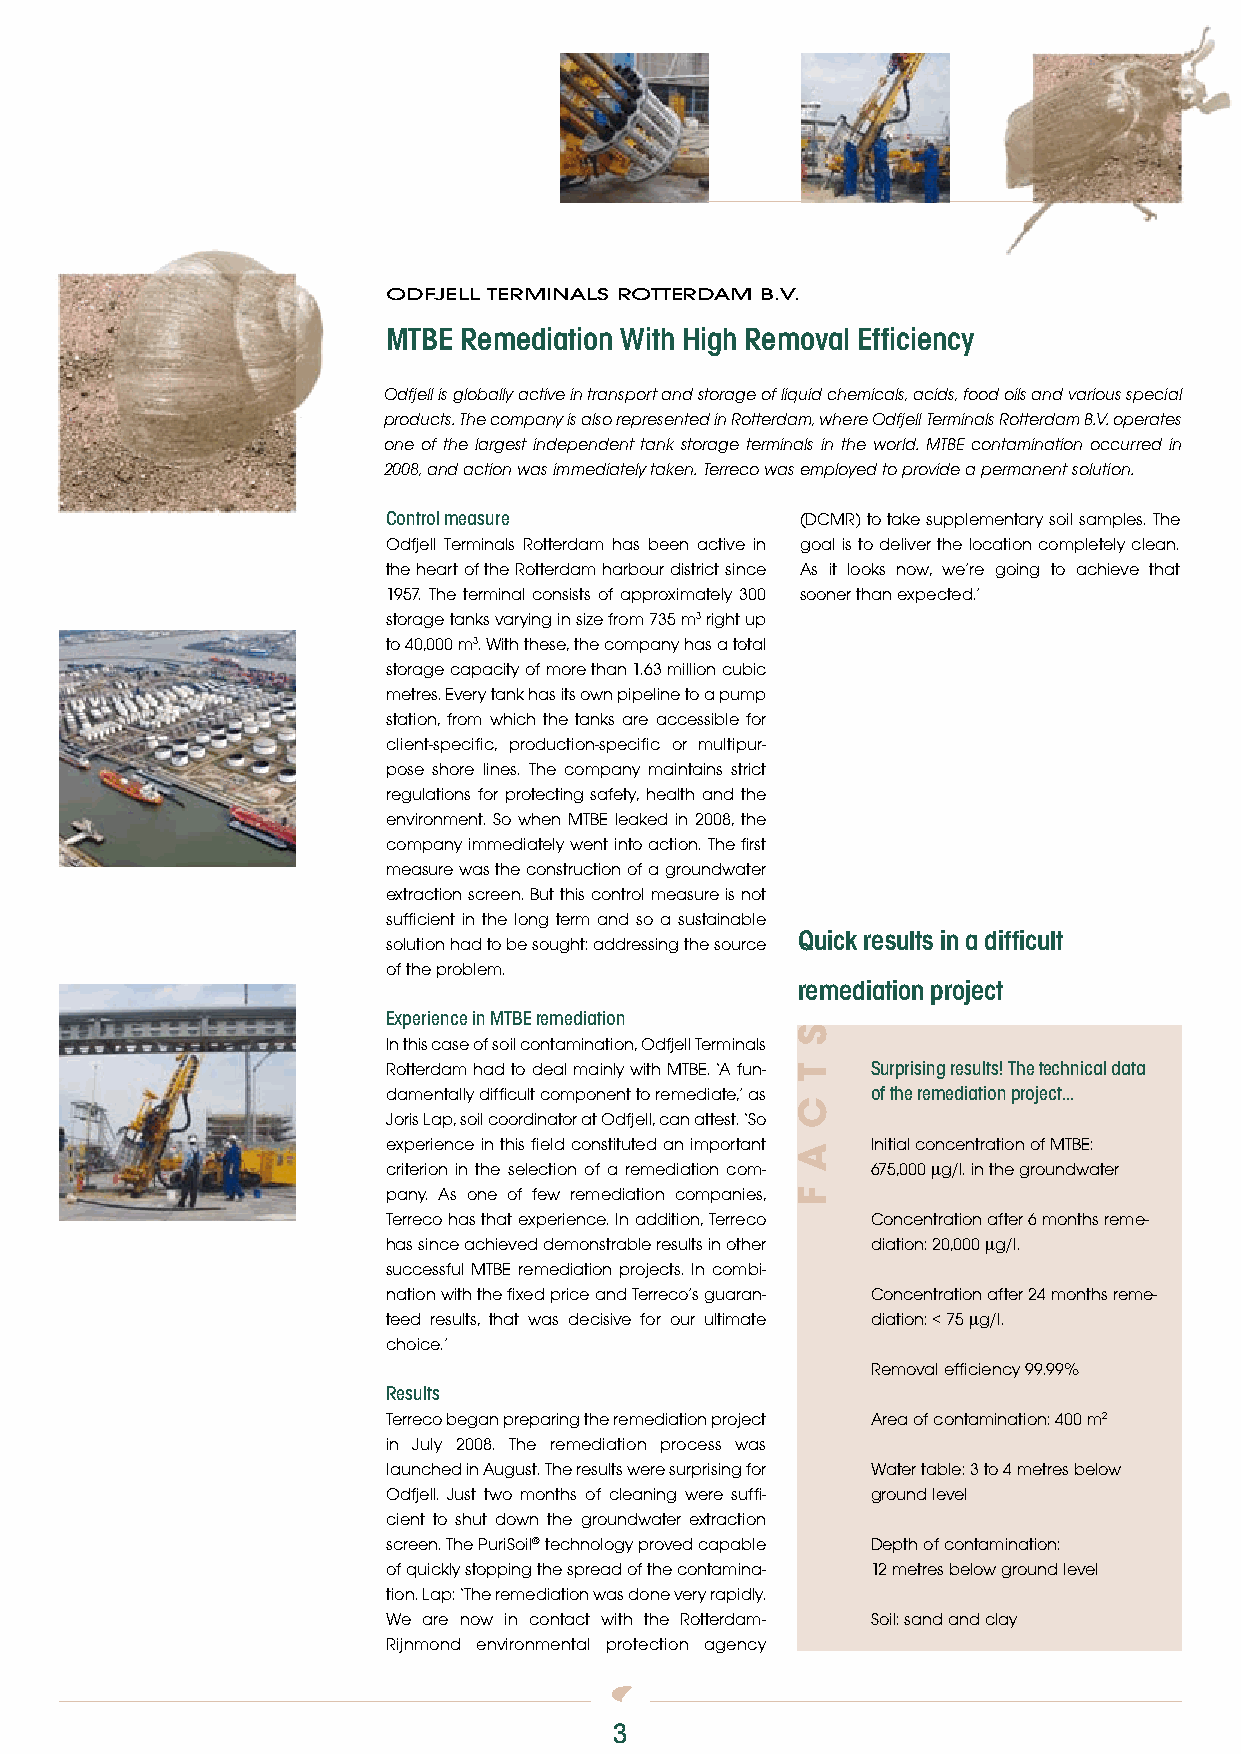
odfjell Terminals roTTerdam B.V.
 MTBE Remediation With High Removal Efficiency
 Odfjell is globally active in transport and storage of liquid chemicals, acids, food oils and various special
 products. The company is also represented in Rotterdam, where Odfjell Terminals Rotterdam B.V. operates
 one of the largest independent tank storage terminals in the world. MTBE contamination occurred in
 2008, and action was immediately taken. Terreco was employed to provide a permanent solution.
 Control measure            (DCMR) to take supplementary soil samples. The
 Odfjell Terminals Rotterdam has been active in goal is to deliver the location completely clean.
 the heart of the Rotterdam harbour district since As it looks now, we’re going to achieve that
 1957. The terminal consists of approximately 300 sooner than expected.’
 storage tanks varying in size from 735 m3 right up
 to 40,000 m3. With these, the company has a total
 storage capacity of more than 1.63 million cubic
 metres. Every tank has its own pipeline to a pump
 station, from which the tanks are accessible for
 client-specific, production-specific or multipur-
 pose shore lines. The company maintains strict
 regulations for protecting safety, health and the
 environment. So when MTBE leaked in 2008, the
 company immediately went into action. The first
 measure was the construction of a groundwater
 extraction screen. But this control measure is not
 sufficient in the long term and so a sustainable
 Quick results in a difficult
 solution had to be sought: addressing the source
 of the problem.
 remediation project
 Experience in MTBE remediation
 In this case of soil contamination, Odfjell Terminals
 Rotterdam had to deal mainly with MTBE. ‘A fun- Surprising results! The technical data
 damentally difficult component to remediate,’ as of the remediation project...
 Joris Lap, soil coordinator at Odfjell, can attest. ‘So
 experience in this field constituted an important Initial concentration of MTBE:
 criterion in the selection of a remediation com- 675,000 μg/l. in the groundwater
 pany. As one of few remediation companies,
 Terreco has that experience. In addition, Terreco Concentration after 6 months reme-
 has since achieved demonstrable results in other diation: 20,000 μg/l.
 successful MTBE remediation projects. In combi-
 nation with the fixed price and Terreco’s guaran- Concentration after 24 months reme-
 teed results, that was decisive for our ultimate diation: < 75 μg/l.
 choice.’
 Removal efficiency 99.99%
 Results
 Terreco began preparing the remediation project Area of contamination: 400 m2
 in July 2008. The remediation process was
 launched in August. The results were surprising for Water table: 3 to 4 metres below
 Odfjell. Just two months of cleaning were suffi- ground level
 cient to shut down the groundwater extraction
 screen. The PuriSoil® technology proved capable Depth of contamination:
 of quickly stopping the spread of the contamina- 12 metres below ground level
 tion. Lap: ‘The remediation was done very rapidly.
 We are now in contact with the Rotterdam- Soil: sand and clay
 Rijnmond environmental protection agency
 3
 s
 t
 c
 a
 F